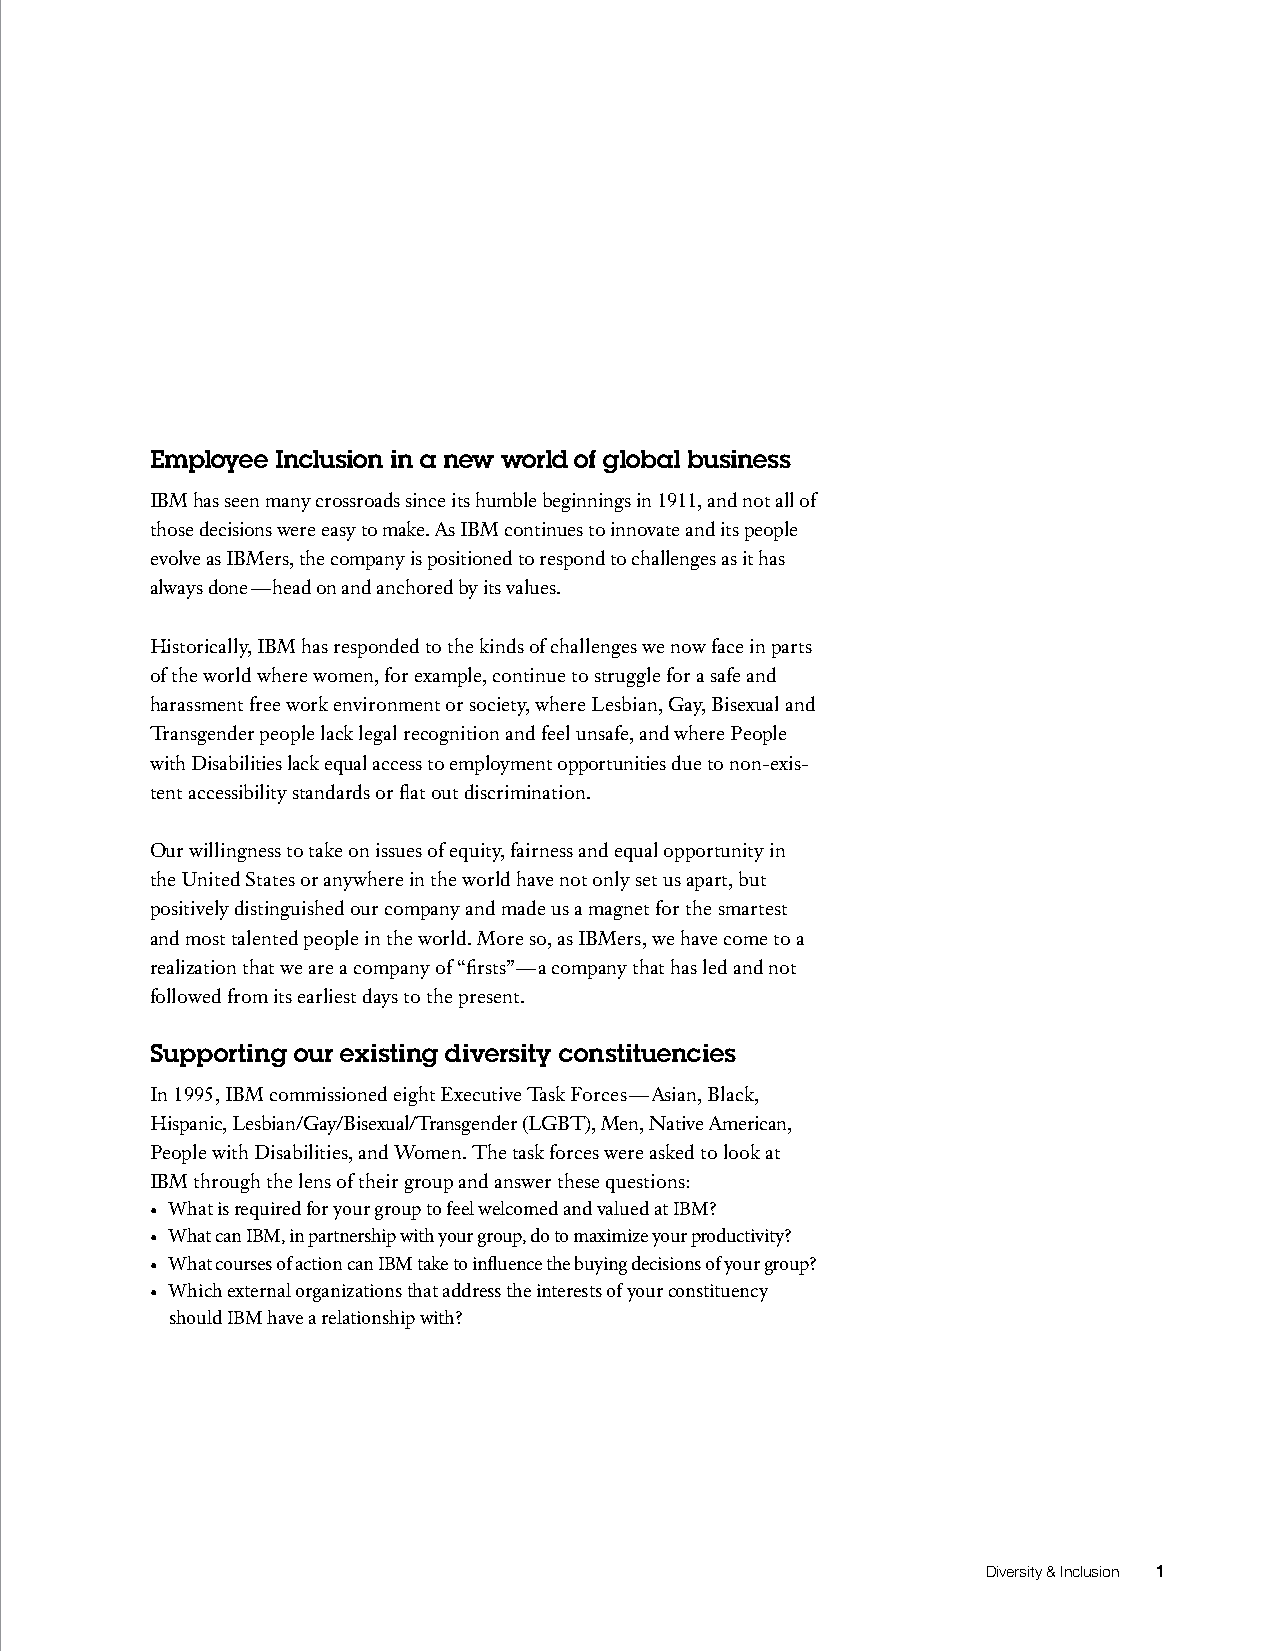
Employee Inclusion in a new world of global business
 IBM has seen many crossroads since its humble beginnings in 1911, and not all of
 those decisions were easy to make. As IBM continues to innovate and its people
 evolve as IBMers, the company is positioned to respond to challenges as it has
 always done — head on and anchored by its values.
 Historically, IBM has responded to the kinds of challenges we now face in parts
 of the world where women, for example, continue to struggle for a safe and
 harassment free work environment or society, where Lesbian, Gay, Bisexual and
 Transgender people lack legal recognition and feel unsafe, and where People
 with Disabilities lack equal access to employment opportunities due to non-exis-
 tent accessibility standards or flat out discrimination.
 Our willingness to take on issues of equity, fairness and equal opportunity in
 the United States or anywhere in the world have not only set us apart, but
 positively distinguished our company and made us a magnet for the smartest
 and most talented people in the world. More so, as IBMers, we have come to a
 realization that we are a company of “firsts” — a company that has led and not
 followed from its earliest days to the present.
 Supporting our existing diversity constituencies
 In 1995, IBM commissioned eight Executive Task Forces — Asian, Black,
 Hispanic, Lesbian/Gay/Bisexual/Transgender (LGBT), Men, Native American,
 People with Disabilities, and Women. The task forces were asked to look at
 IBM through the lens of their group and answer these questions:
 • What is required for your group to feel welcomed and valued at IBM?
 • What can IBM, in partnership with your group, do to maximize your productivity?
 • What courses of action can IBM take to influence the buying decisions of your group?
 • Which external organizations that address the interests of your constituency
 should IBM have a relationship with?
 Diversity & Inclusion 1